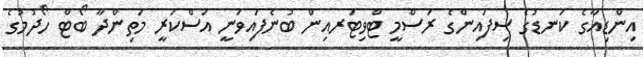
އިންޑިއާގެ ކަނޑުގެ ސިފައިންގެ ރަސްމީ ޓްވިޓަރއިން ބުނެފައިވަނީ އަސްކަރީ މަތިންދާ ބޯޓް ހޯދުމުގެ